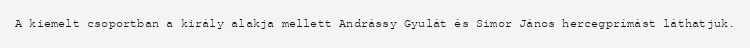
A kiemelt csoportban a király alakja mellett Andrássy Gyulát és Simor János hercegprímást láthatjuk.